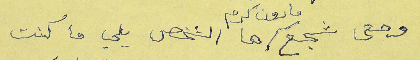
وحتى شجع مارون كرم ها الشخص يلي ما كنت